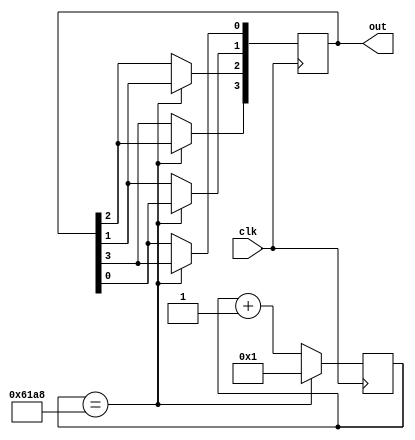
module rotate(clk, out);

input clk;
output reg [3:0] out = 4'b1000;

reg [15:0] cycles = 0;

always @(posedge clk) begin
    cycles <= cycles + 1;
    if (cycles == 25000) begin
      out[3] <= out[2];
      out[2] <= out[1];
      out[1] <= out[0];
      out[0] <= out[3];;
      cycles <= 1;
    end
end

endmodule